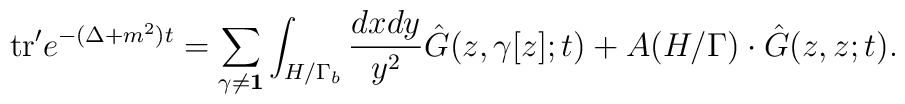
{\rm tr}' e^{-(\Delta+m^2)t} = \sum_{\gamma \neq {\bf 1}} \int_{H/\Gamma_b} {{dxdy}\over{y^2}}  {\hat G}(z,\gamma[z];t) + A(H/\Gamma)\cdot {\hat G}(z,z;t).